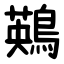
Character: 鶧